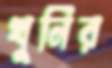
খুনির